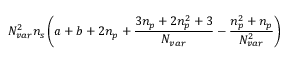
\ensuremath { N _ { v a r } } ^ { 2 } \ensuremath { n _ { s } } \left( a + b + 2 \ensuremath { n _ { p } } + \frac { 3 \ensuremath { n _ { p } } + 2 \ensuremath { n _ { p } } ^ { 2 } + 3 } { \ensuremath { N _ { v a r } } } - \frac { \ensuremath { n _ { p } } ^ { 2 } + \ensuremath { n _ { p } } } { \ensuremath { N _ { v a r } } ^ { 2 } } \right)